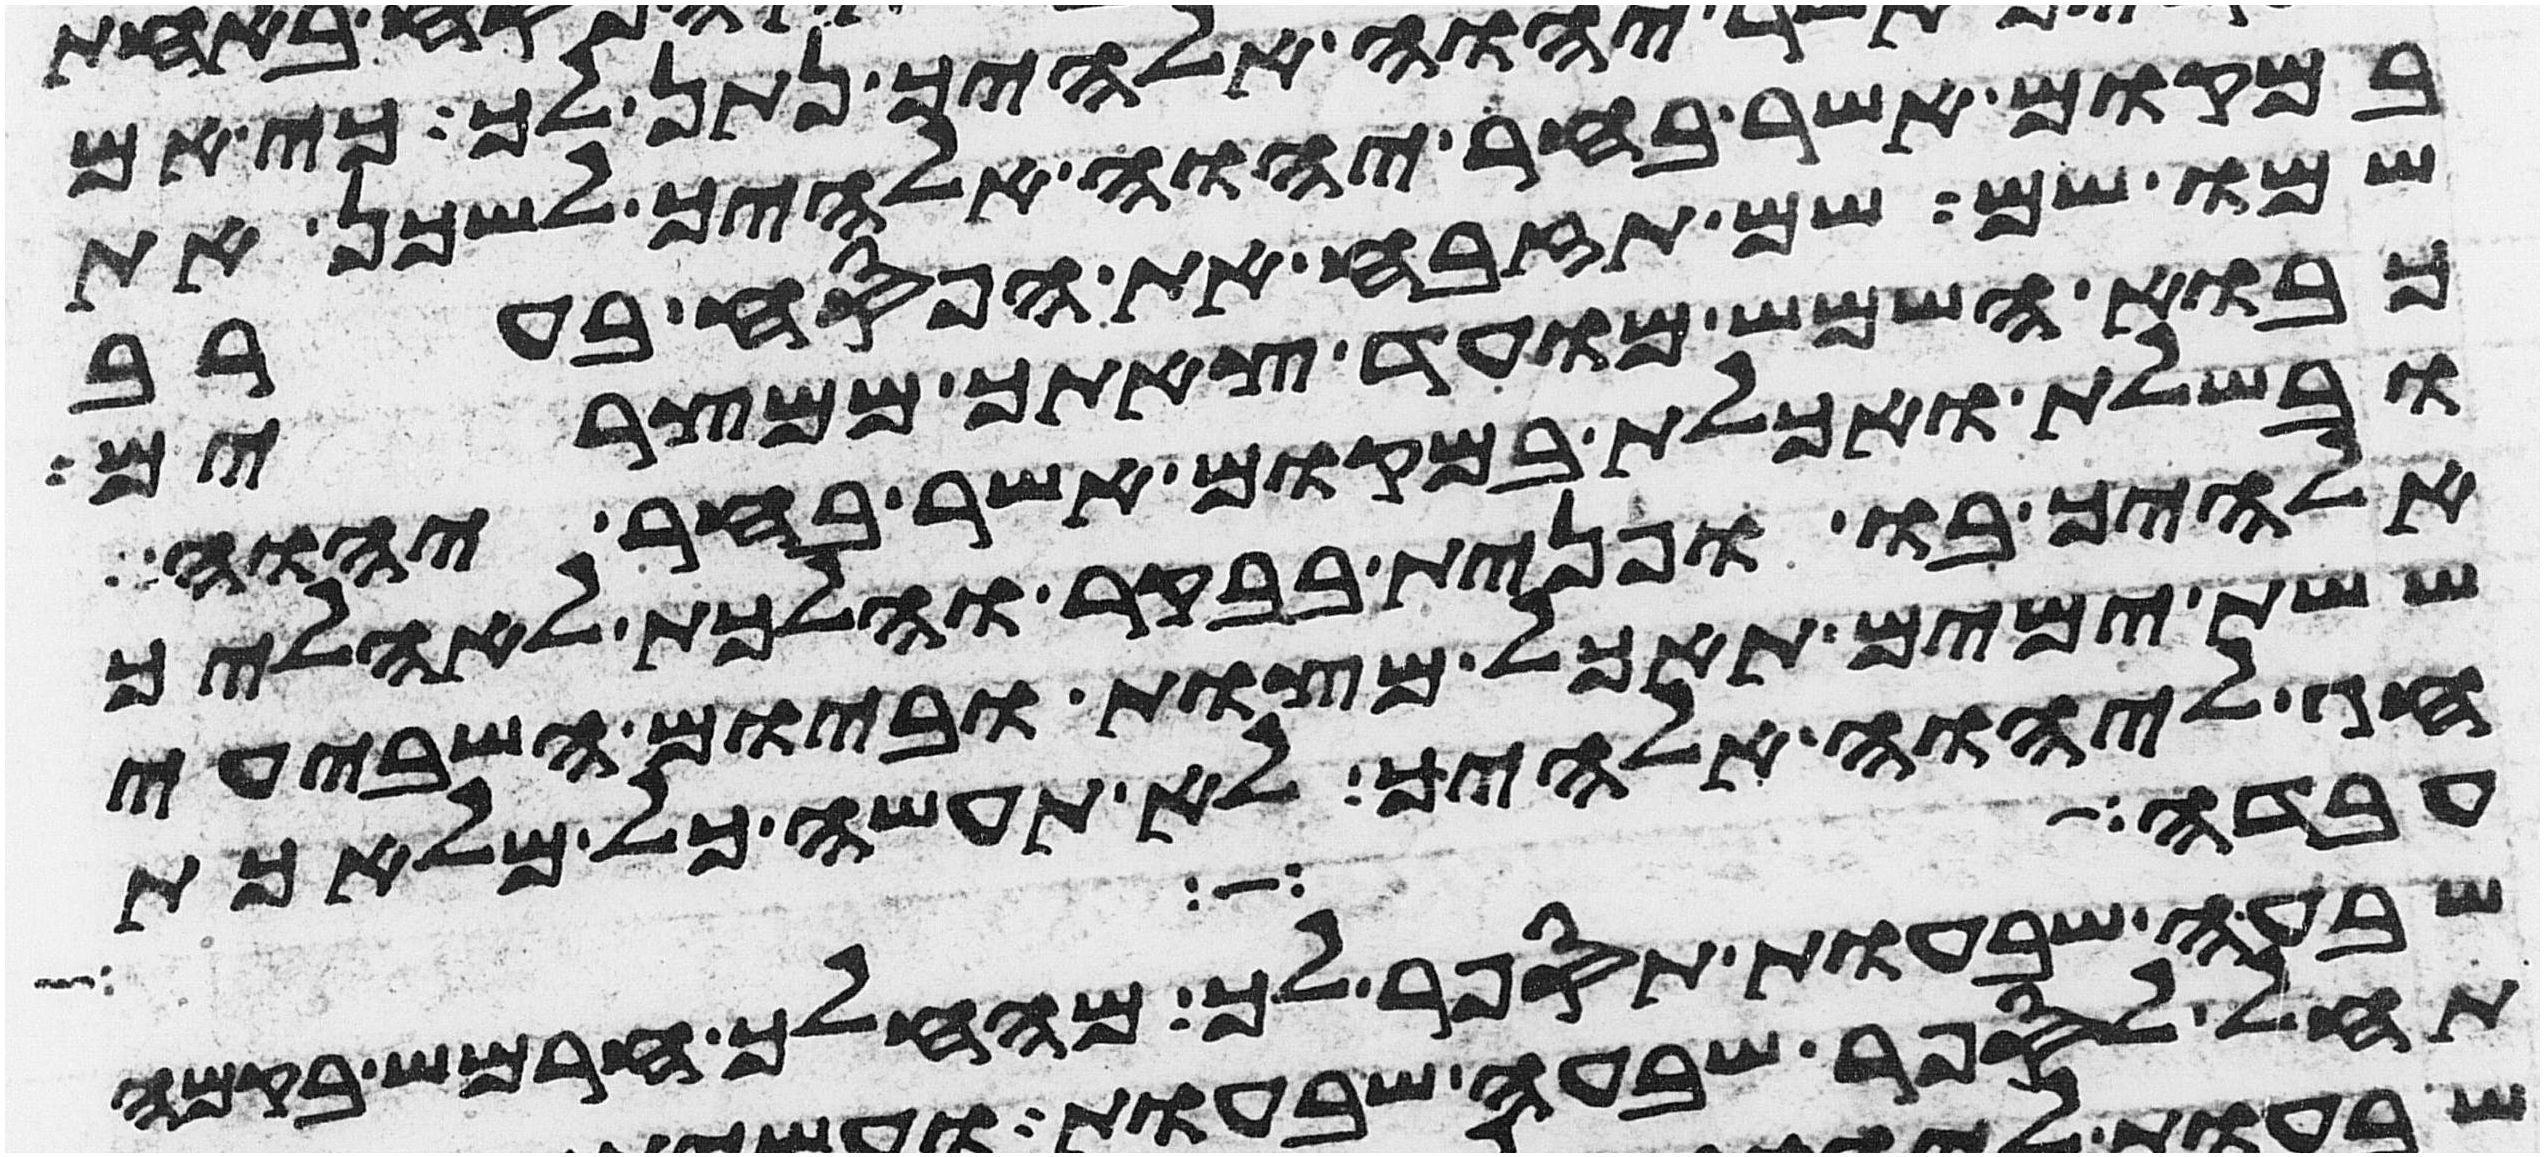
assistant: במקום אשר בחר יהוה אלהיך לשכן את
שמו שם שם תזבח את הפסח בערב
כבוא השמש מועד צאתך ממצרים
ובשלת ואכלת במקום אשר בחר יהוה
אלהיך בו ופנית בבקר והלכת לאהליך
ששת ימים תאכל מצות וביום השביעי
חג ליהוה אלהיך לא תעשה כל מלאכת
עבדו את יהוה
שבעה שבעות תספר לך מהחלך חרמש בקמה